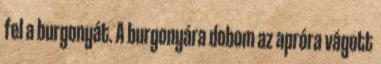
fel a burgonyát. A burgonyára dobom az apróra vágott